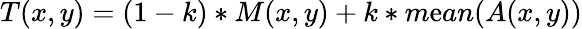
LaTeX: T(x,y)=(1-k)*M(x,y)+k*m\mathrm{e}an(A(x,y))